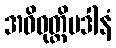
အဓိဝုတ္တိပဒါနံ